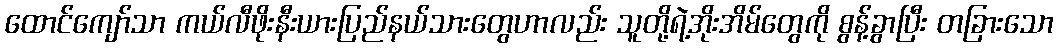
ထောင်ကျော်သာ ကယ်လီဖိုးနီးယားပြည်နယ်သားတွေဟာလည်း သူတို့ရဲ့အိုးအိမ်တွေကို စွန့်ခွာပြီး တခြားသော